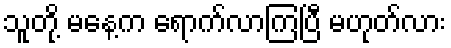
သူတို့ မနေ့က ရောက်လာကြပြီ မဟုတ်လား